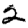
Digit: 2